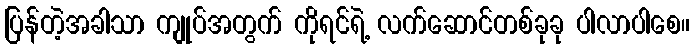
ပြန်တဲ့အခါသာ ကျုပ်အတွက် ကိုရင်ရဲ့ လက်ဆောင်တစ်ခုခု ပါလာပါစေ။